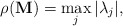
\begin{align*}\rho ({\bf M}) = \max_j | \lambda_j |,\end{align*}